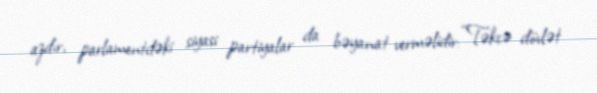
azdır, parlamentdəki siyasi partiyalar da bəyanat verməlidir: “Təkcə dövlət